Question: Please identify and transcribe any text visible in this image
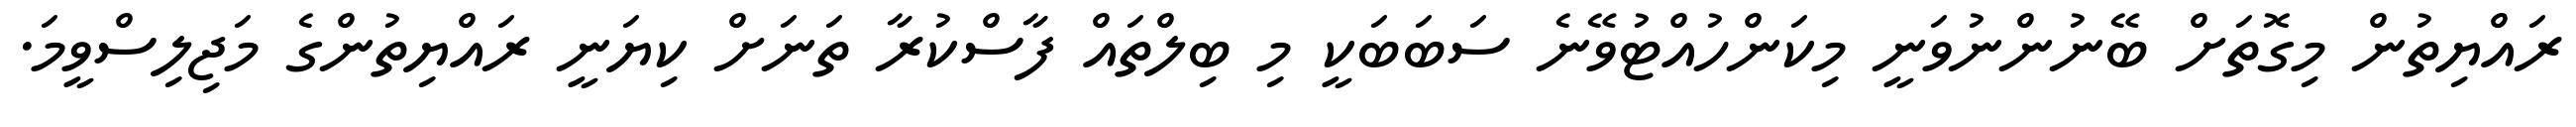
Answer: ރައްޔިތުން މިގޮތަށް ބޭނުންނުވަނީ މިކަންހުއްޓުވޭނެ ސަބަބަކީ މި ބިލްތައް ފާސްކުރާ ތަނަށް ކިޔަނީ ރައްޔިތުންގެ މަޖިލިސްވީމަ.